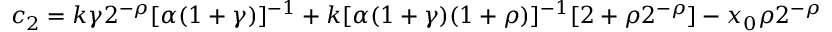
c _ { 2 } = k \gamma 2 ^ { - \rho } [ \alpha ( 1 + \gamma ) ] ^ { - 1 } + k [ \alpha ( 1 + \gamma ) ( 1 + \rho ) ] ^ { - 1 } [ 2 + \rho 2 ^ { - \rho } ] - x _ { 0 } \rho 2 ^ { - \rho }